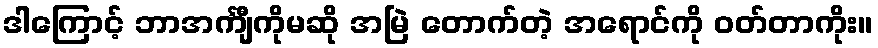
ဒါကြောင့် ဘာအင်္ကျီကိုမဆို အမြဲ တောက်တဲ့ အရောင်ကို ဝတ်တာကိုး။